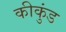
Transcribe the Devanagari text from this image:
कीकुंड